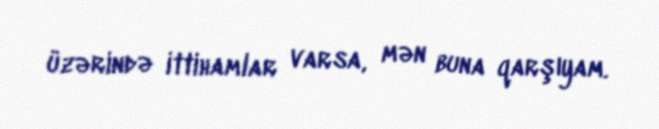
üzərində ittihamlar varsa, mən buna qarşıyam.